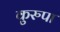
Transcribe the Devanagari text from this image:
कुरुपा